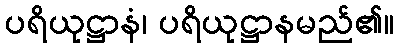
ပရိယုဋ္ဌာနံ၊ ပရိယုဋ္ဌာနမည်၏။